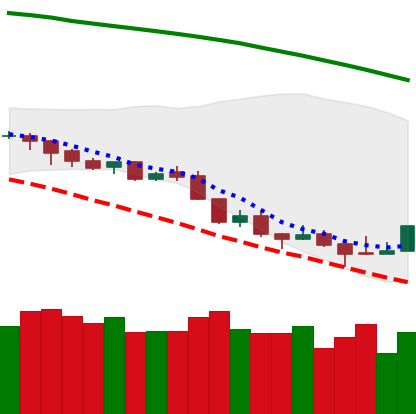
Ticker: LTC-USD
Chart end date: 2018-08-17
Forward return: -10.072%
Label: down_7plus